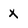
Character: X